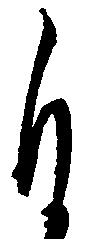
自